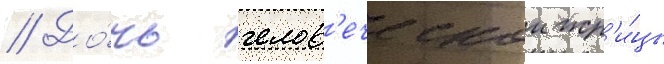
// До́чь челов'еческои жр'и́цы